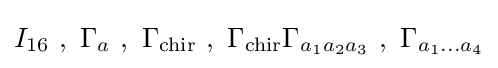
I_{16}~,~\Gamma _{a}~,~\Gamma _{\text{chir}}~,~\Gamma _{\text{chir}}\Gamma _{a_{1}a_{2}a_{3}}~,~\Gamma _{a_{1}\dots a_{4}}